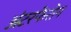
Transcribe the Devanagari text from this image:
अंटरफेरोन